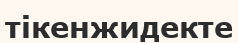
тікенжидекте